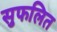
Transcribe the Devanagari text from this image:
सुफलित